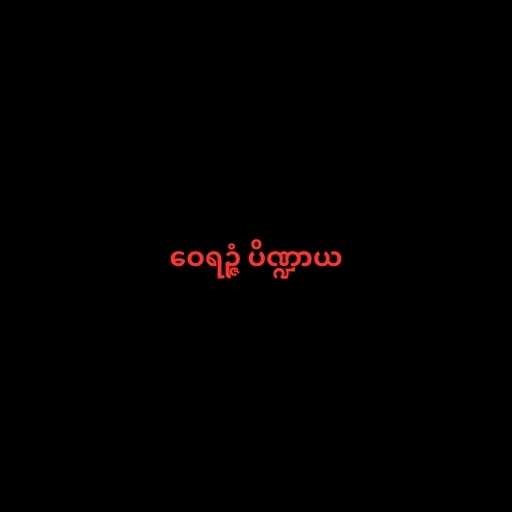
ဝေရဉ္ဇံ ပိဏ္ဍာယ